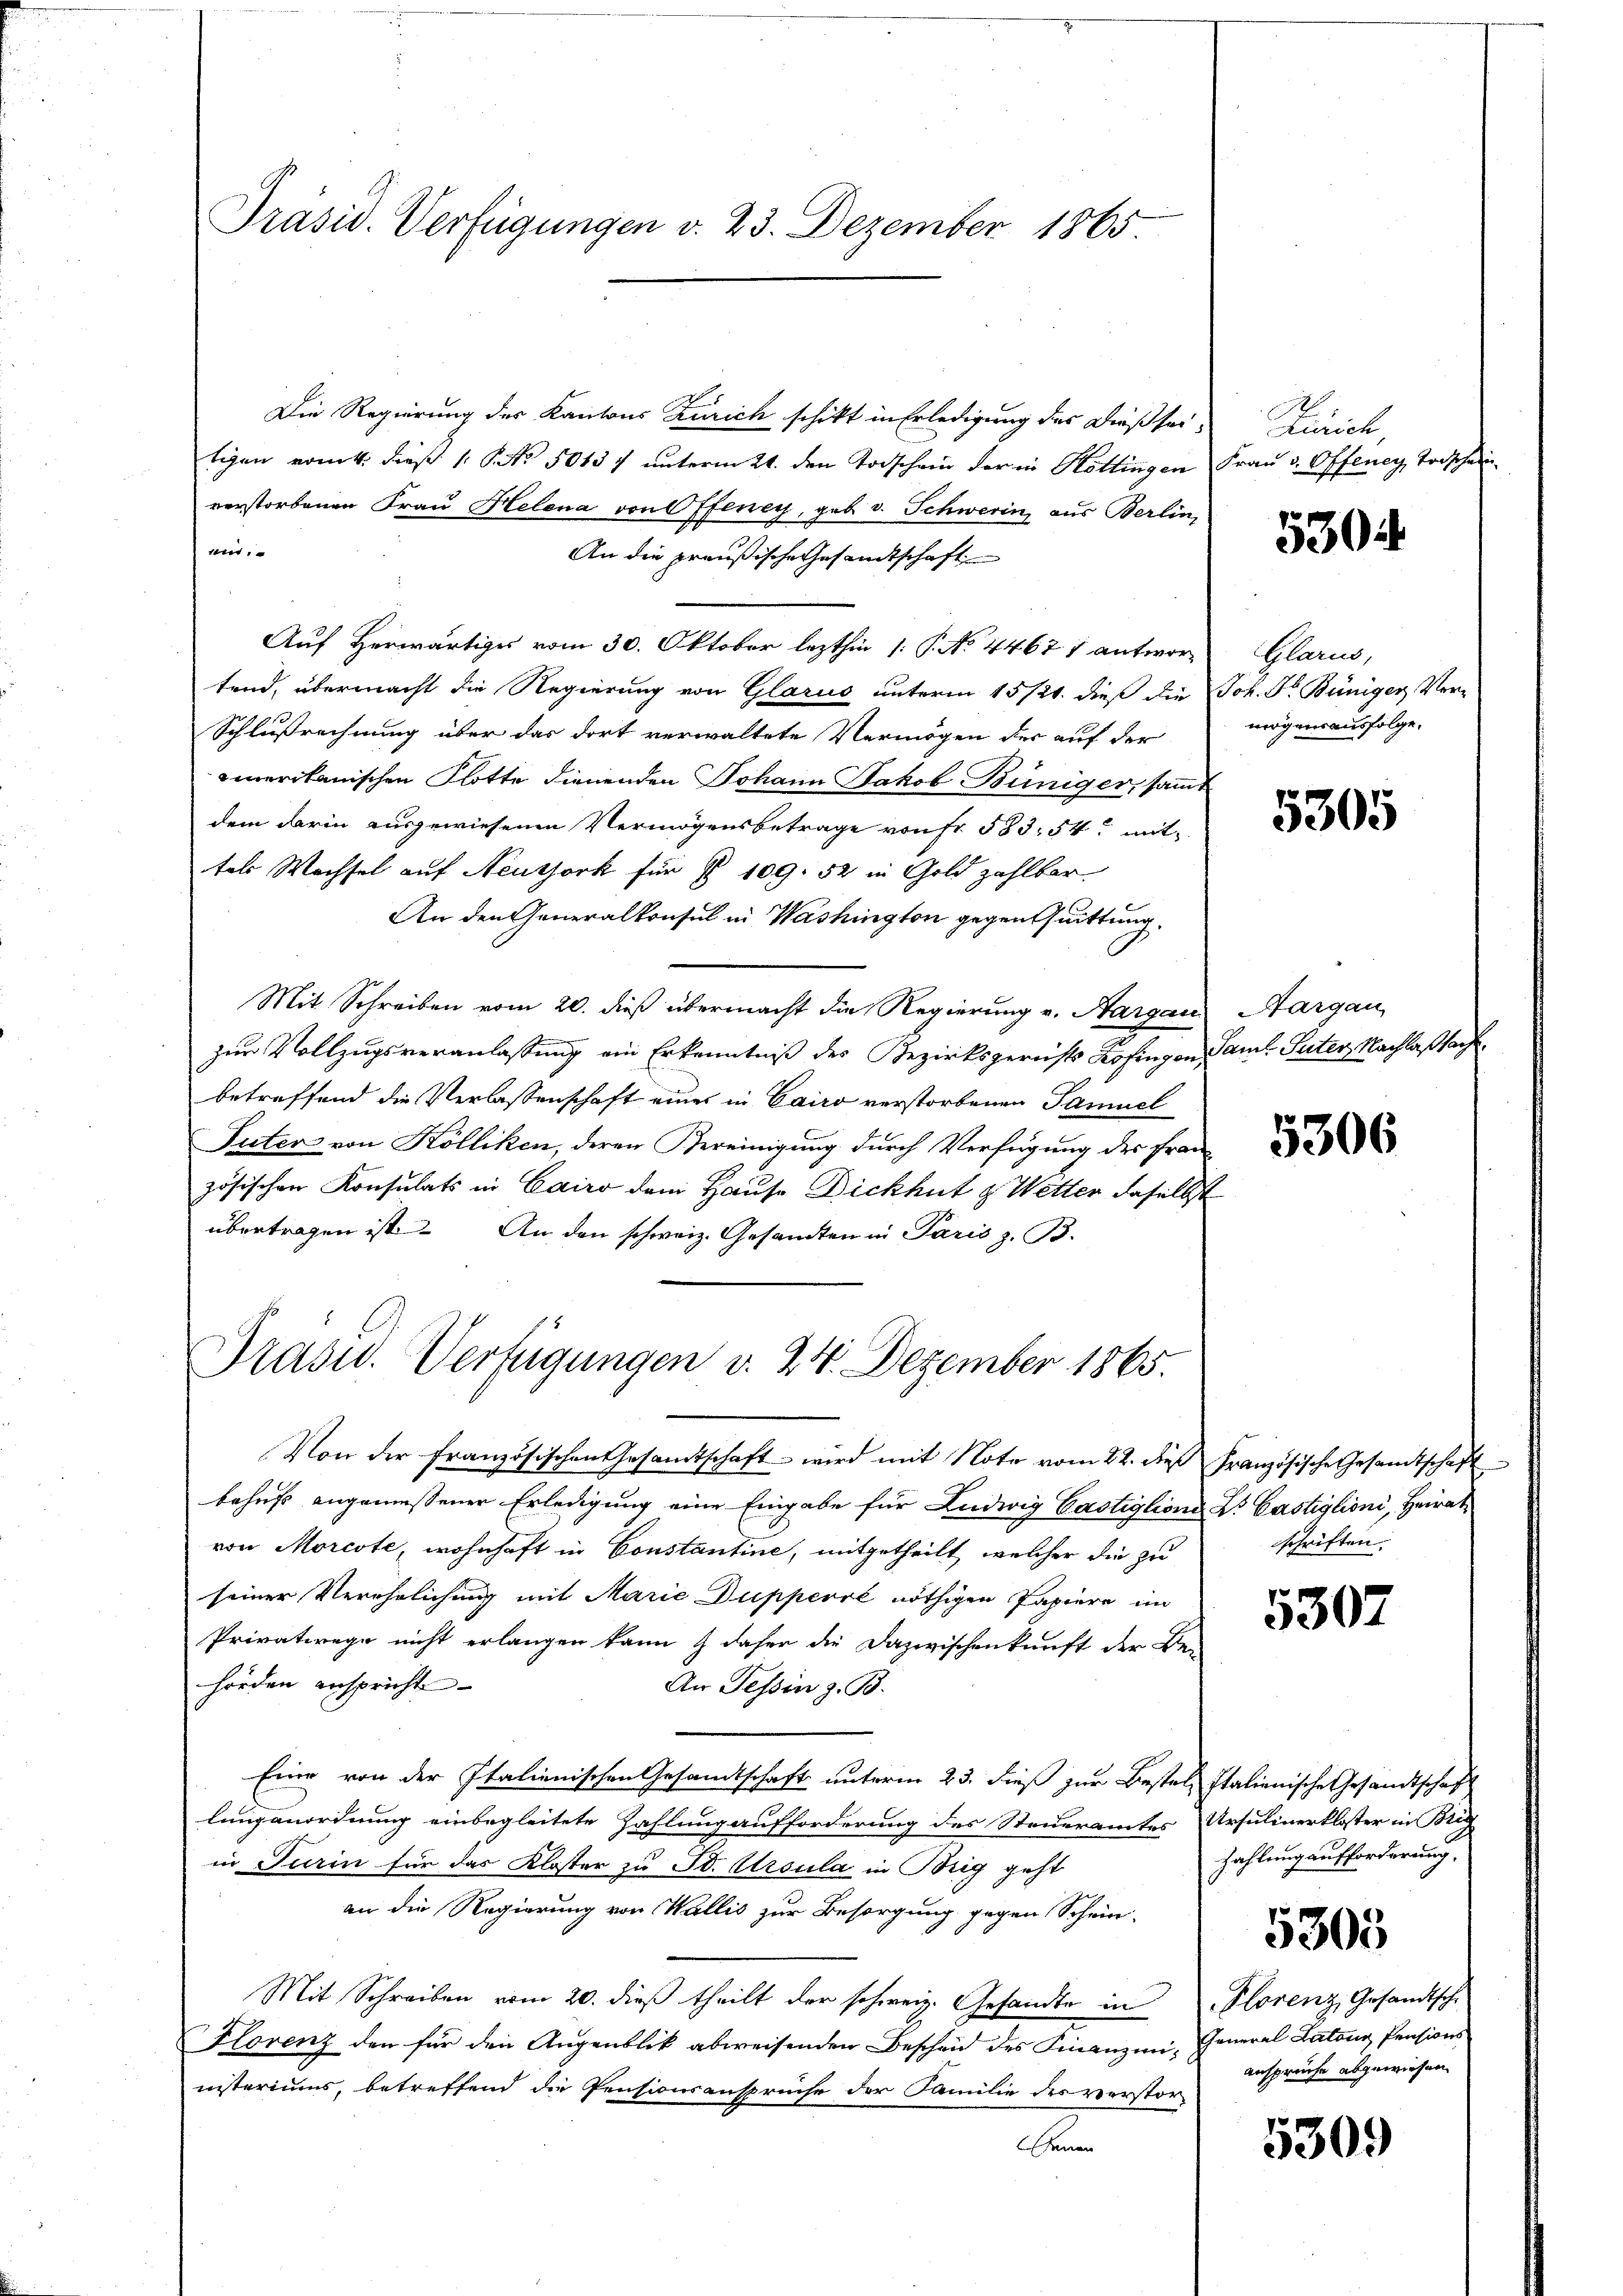
Präsid. Verfügungen v. 23. Dezember 1865.

Die Regierung des Kantons Zürich schikt in Erledigung des Dießseitigen vom 4. dieß 1 No 50137 unterm 21. den Todschein der in Hottingen Frau v. Offener Todscheinverstorbenen Frau Helena von Offeney, geb. v. Schwerin, aus Berlin,
wer
An die preußische Gesandtschaft
Auf Herwärtiges vom 30. Oktober lezthin (: P. No 44671 antwortend, übermacht die Regierung von Glarus unterm 15/21. dieß die Joh. Fr. Büniger Ver-
Schlußrechnung über das dort verwaltete Vermögen der auf der
emerikanischen Flotte dienenden Johann Jakob Büniger, sammt
dem darin ausgewiesenen Vermögensbetrage von Fr. 583. 54. mit
tels Wachsel auf Neuthork für § 109. 52 in Gold zahlbar
An den Generalkonsul in Washington gegenthuittung.
Mit Schreiben vom 20. dieß übermacht die Regierung v. Hargau
zur Vollzugsveranlassung ein Erkenntniß des Bezirksgerichts Kofingen Saml. Puter, Nachlaßsacht
betreffend die Verlassenschaft eines in Cairo verstorbenen Samuel
Puter von Kölliken, deren Vereinigung durch Verfügung des Französischen Konsulats in Cairo dem Hause Dickhut & Wetter daselbst
übertragen ist. An den schweiz. Gesandten in Paris z. B.
Drasw. Verfügungen v. 24. Dezember 1865.

Von der französischen Gesandtschaft wird mit Note vom 22. dieß Französische Gesandtschaft
behufs angemessener Erledigung eine Eingabe für Ludwig Castiglions Dr. Castiglioni, Heirat
von Morcote, wohnhaft in Constantine, mitgetheilt, welcher die zu
seiner Verehelichung mit Marie Dupperie nöthigen Papiere im
Privatrege nicht erlangen kann & daher die Dazwischenkunft der Be-
hörden anspricht- |
An Tessin z. B.
Eine von der Italienischen Gesandtschaft unterm 23. dieß zur Bestel Italienische Gesandtschaft
lungsnordnung einbegleitete Zahlung aufforderung des Steueramtes Ursulinerkloster in Brig
in Turin für das Kloster zu St. Ursula in Brig geht
an die Regierung von Wallis zur Besorgung gegen Schein-
Mit Schreiben vom 20. dieß theilt der schweiz. Gesandte in Florenz, Gesandtsche
Florenz den für den Augenblick abweisenden Beschen des Finanzmi-General Latanz Pensionsnisteriums, betreffend die Pensionsansprüche der Familie des verstor-
r

Zürich

530

Glarus,
mögensausfolge.

5305

Aargau

5306

schriften.

5307

Zahlung aufforderung.

5303

ansprüche abgewiesen.

5309